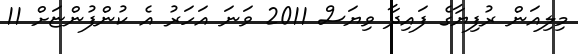
މިލިއަން ރުފިޔާގެ ފައިދާ ވިޔަސް 2011 ވަނަ އަހަރު އެ ކުންފުންޏަށް 11